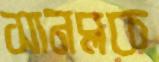
সানব্লক